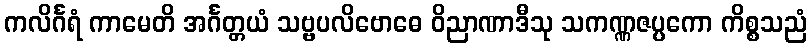
ကလိင်္ဂရံ ကာမေတိ အင်္ဂတ္တယံ သဗ္ဗပလိဗောဓေ ဝိညာဏာဒီသု သကဏ္ဏဇပ္ပကော ကိစ္စသညံ